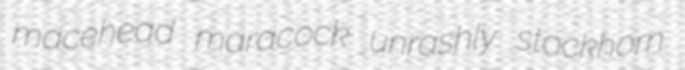
macehead maracock unrashly stockhorn